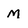
Character: M